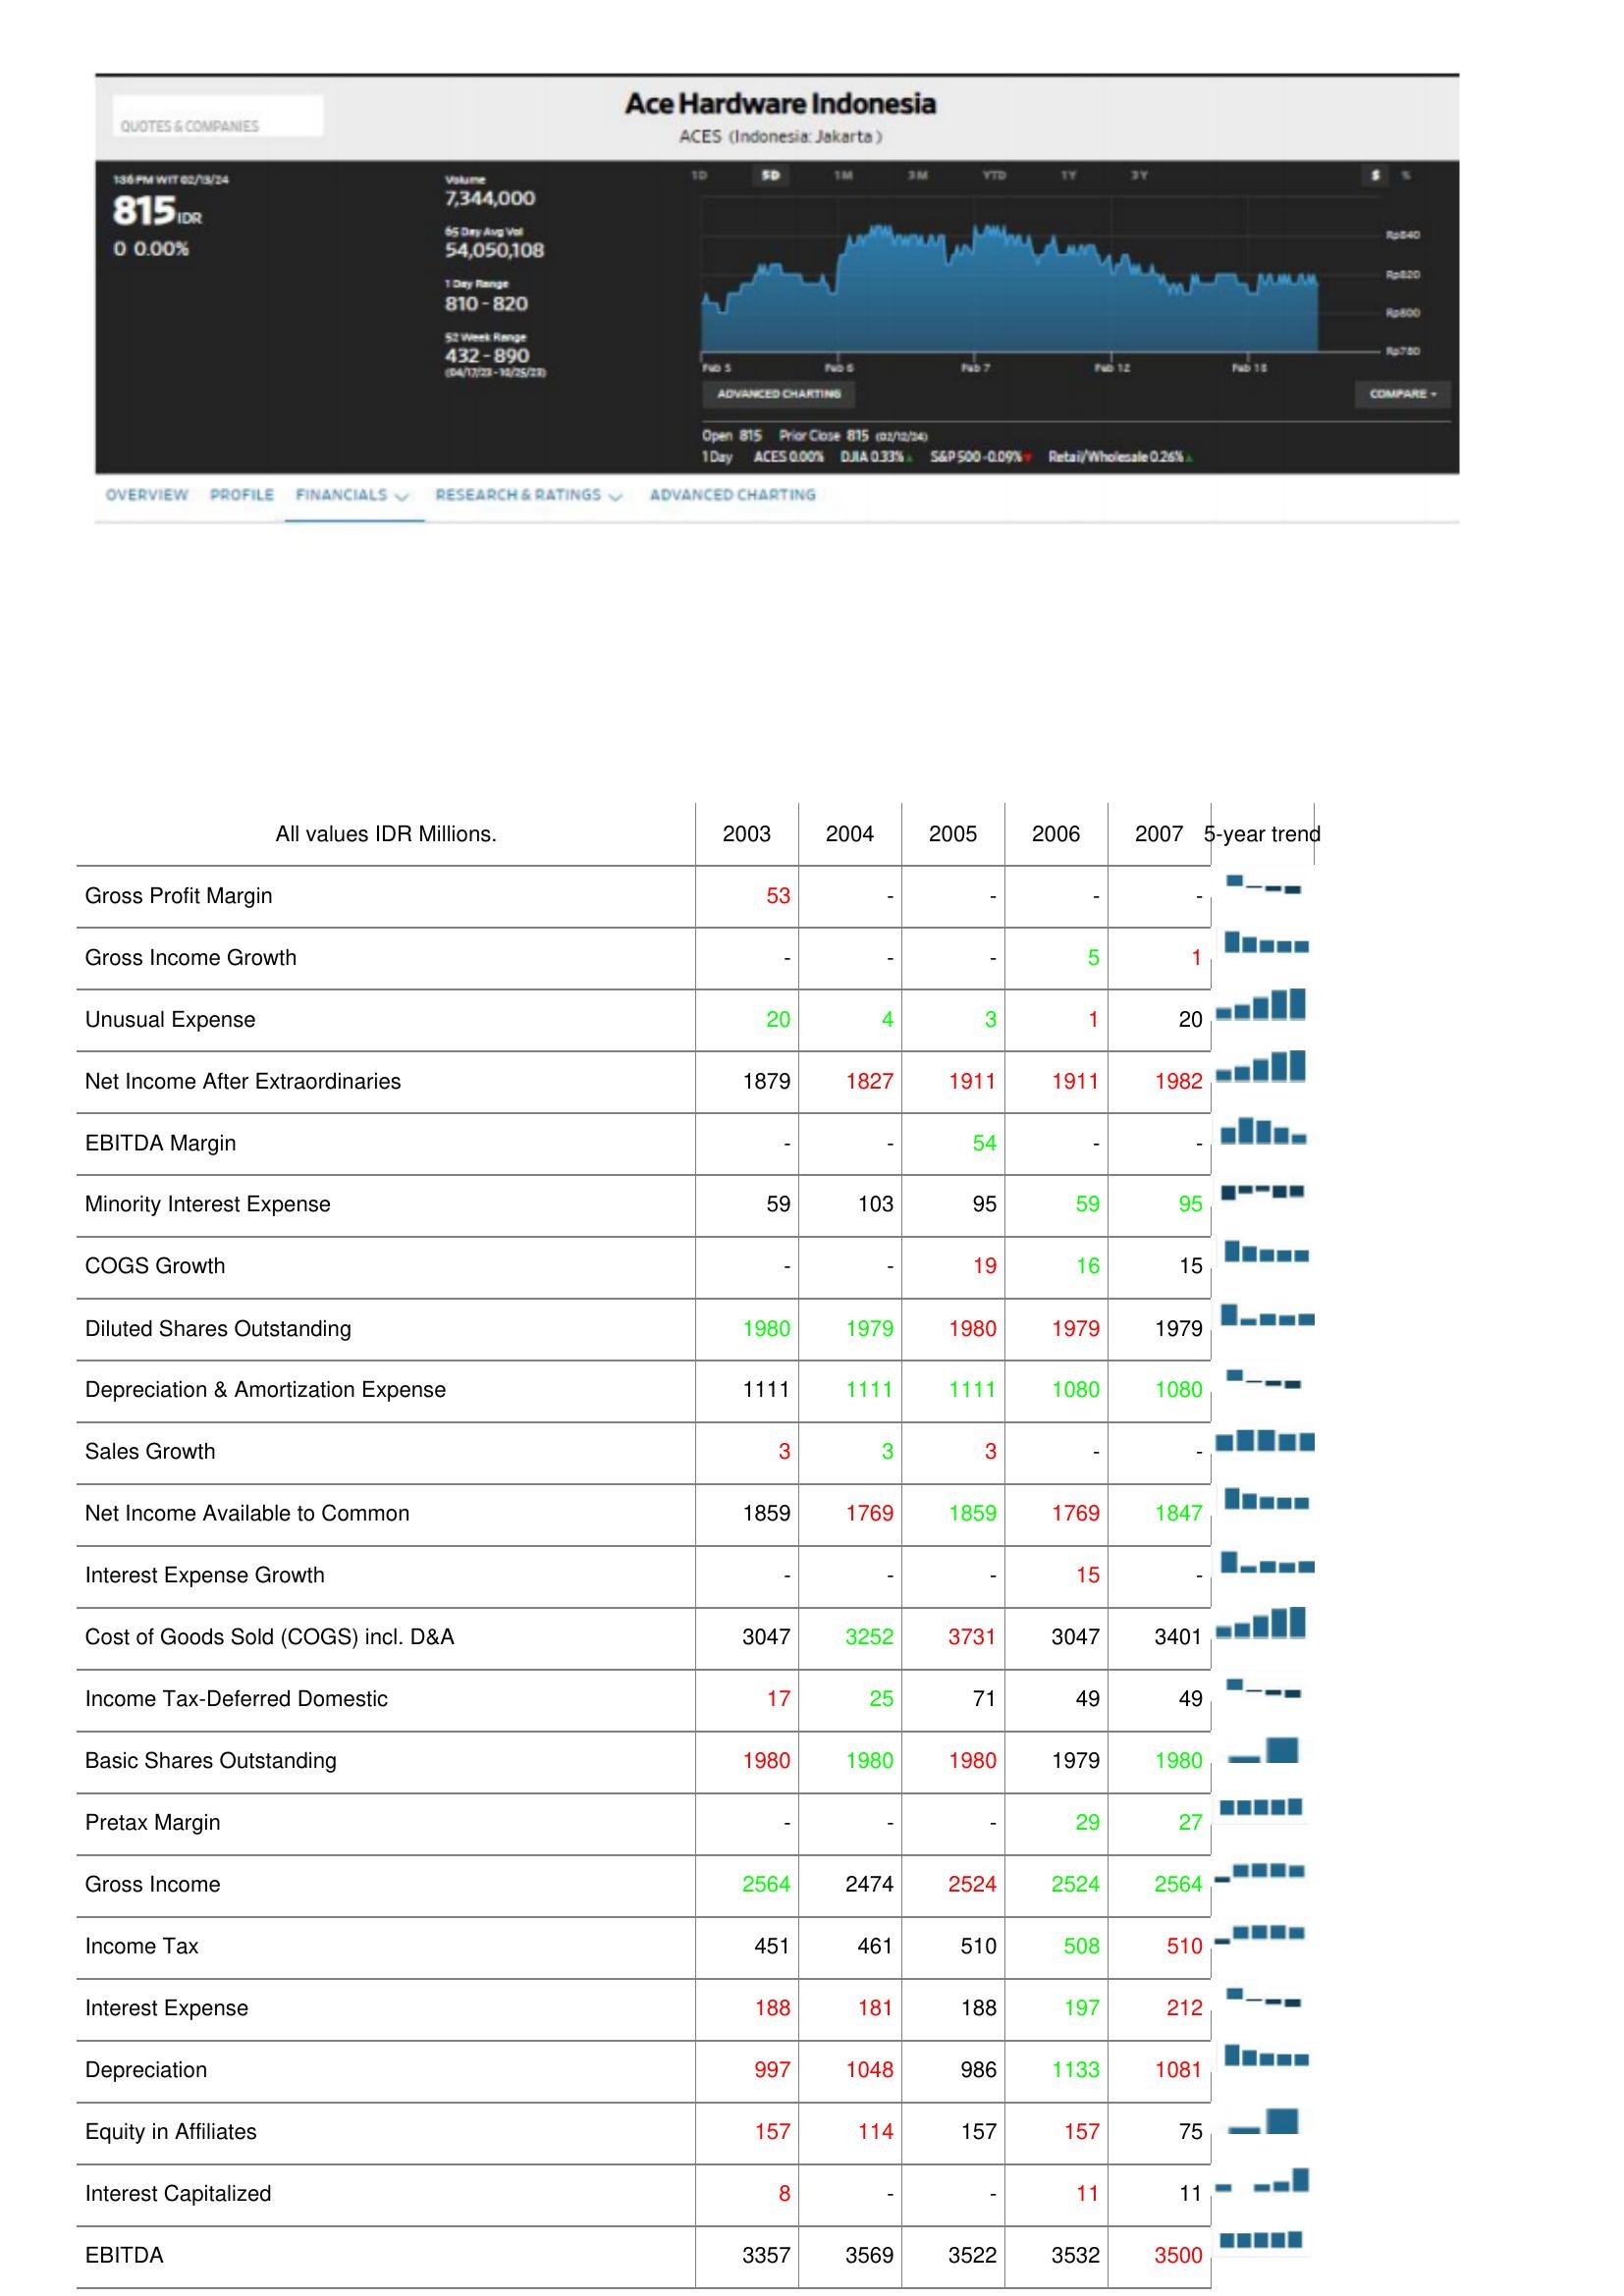
2003: : Gross Profit Margin: 53
Gross Income Growth: -
Unusual Expense: 20
Net Income After Extraordinaries: 1879
EBITDA Margin: -
Minority Interest Expense: 59
COGS Growth: -
Diluted Shares Outstanding: 1980
Depreciation & Amortization Expense: 1111
Sales Growth: 3
Net Income Available to Common: 1859
Interest Expense Growth: -
Cost of Goods Sold (COGS) incl. D&A: 3047
Income Tax-Deferred Domestic: 17
Basic Shares Outstanding: 1980
Pretax Margin: -
Gross Income: 2564
Income Tax: 451
Interest Expense: 188
Depreciation: 997
Equity in Affiliates: 157
Interest Capitalized: 8
EBITDA: 3357
2004: : Gross Profit Margin: -
Gross Income Growth: -
Unusual Expense: 4
Net Income After Extraordinaries: 1827
EBITDA Margin: -
Minority Interest Expense: 103
COGS Growth: -
Diluted Shares Outstanding: 1979
Depreciation & Amortization Expense: 1111
Sales Growth: 3
Net Income Available to Common: 1769
Interest Expense Growth: -
Cost of Goods Sold (COGS) incl. D&A: 3252
Income Tax-Deferred Domestic: 25
Basic Shares Outstanding: 1980
Pretax Margin: -
Gross Income: 2474
Income Tax: 461
Interest Expense: 181
Depreciation: 1048
Equity in Affiliates: 114
Interest Capitalized: -
EBITDA: 3569
2005: : Gross Profit Margin: -
Gross Income Growth: -
Unusual Expense: 3
Net Income After Extraordinaries: 1911
EBITDA Margin: 54
Minority Interest Expense: 95
COGS Growth: 19
Diluted Shares Outstanding: 1980
Depreciation & Amortization Expense: 1111
Sales Growth: 3
Net Income Available to Common: 1859
Interest Expense Growth: -
Cost of Goods Sold (COGS) incl. D&A: 3731
Income Tax-Deferred Domestic: 71
Basic Shares Outstanding: 1980
Pretax Margin: -
Gross Income: 2524
Income Tax: 510
Interest Expense: 188
Depreciation: 986
Equity in Affiliates: 157
Interest Capitalized: -
EBITDA: 3522
2006: : Gross Profit Margin: -
Gross Income Growth: 5
Unusual Expense: 1
Net Income After Extraordinaries: 1911
EBITDA Margin: -
Minority Interest Expense: 59
COGS Growth: 16
Diluted Shares Outstanding: 1979
Depreciation & Amortization Expense: 1080
Sales Growth: -
Net Income Available to Common: 1769
Interest Expense Growth: 15
Cost of Goods Sold (COGS) incl. D&A: 3047
Income Tax-Deferred Domestic: 49
Basic Shares Outstanding: 1979
Pretax Margin: 29
Gross Income: 2524
Income Tax: 508
Interest Expense: 197
Depreciation: 1133
Equity in Affiliates: 157
Interest Capitalized: 11
EBITDA: 3532
2007: : Gross Profit Margin: -
Gross Income Growth: 1
Unusual Expense: 20
Net Income After Extraordinaries: 1982
EBITDA Margin: -
Minority Interest Expense: 95
COGS Growth: 15
Diluted Shares Outstanding: 1979
Depreciation & Amortization Expense: 1080
Sales Growth: -
Net Income Available to Common: 1847
Interest Expense Growth: -
Cost of Goods Sold (COGS) incl. D&A: 3401
Income Tax-Deferred Domestic: 49
Basic Shares Outstanding: 1980
Pretax Margin: 27
Gross Income: 2564
Income Tax: 510
Interest Expense: 212
Depreciation: 1081
Equity in Affiliates: 75
Interest Capitalized: 11
EBITDA: 3500